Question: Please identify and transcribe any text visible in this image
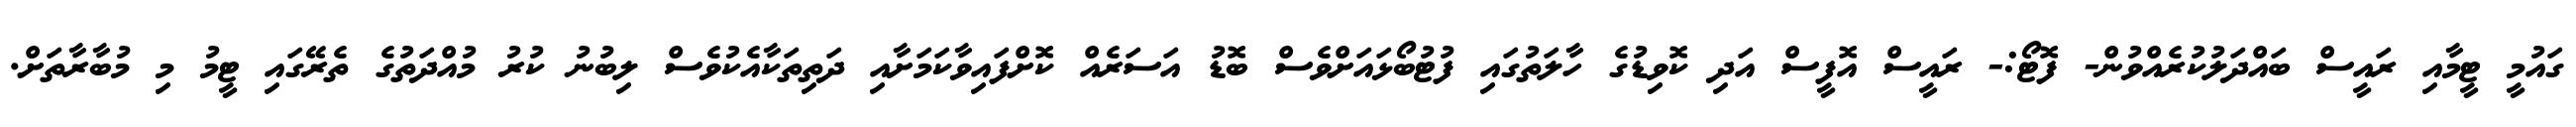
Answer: ގައުމީ ޓީމާއި ރައީސް ބައްދަލުކުރެއްވުން- ފޮޓޯ:- ރައީސް އޮފީސް އަދި ކޮވިޑުގެ ހާލަތުގައި ފުޓުބޯޅައަށްވެސް ބޮޑު އަސަރެއް ކޮށްފައިވާކަމަށާއި ދަތިތަކާއެކުވެސް ލިބުނު ކުރު މުއްދަތުގެ ތެރޭގައި ޓީމު މި މުބާރާތަށް.